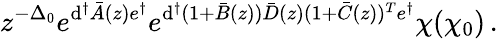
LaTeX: z^{-\Delta_{0}}e^{\mathrm{d}^{\dagger}\bar{{A}}(z)e^{\dagger}}e^{\mathrm{d}^{\dagger}(1+\bar{{B}}(z))\bar{{D}}(z)(1+\bar{{C}}(z))^{T}e^{\dagger}}\chi(\chi_{0})\, .